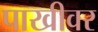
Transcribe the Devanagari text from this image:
पाखीवर